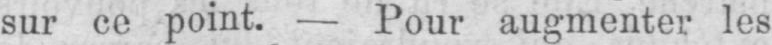
sur ce point. - Pour augmenter les